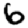
Digit: 6